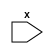
module foo_subm
  (
   input x
   );
endmodule